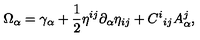
\Omega _ { \alpha } = \gamma _ { \alpha } + \frac { 1 } { 2 } \eta ^ { i j } \partial _ { \alpha } \eta _ { i j } + C ^ { i } { } _ { i j } A _ { \alpha } ^ { j } ,